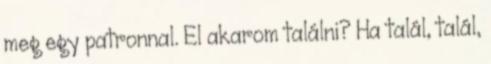
meg egy patronnal. El akarom találni? Ha talál, talál,